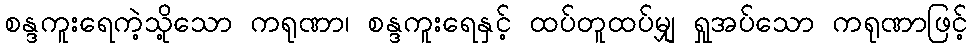
စန္ဒကူးရေကဲ့သို့သော ကရုဏာ၊ စန္ဒကူးရေနှင့် ထပ်တူထပ်မျှ ရှုအပ်သော ကရုဏာဖြင့်